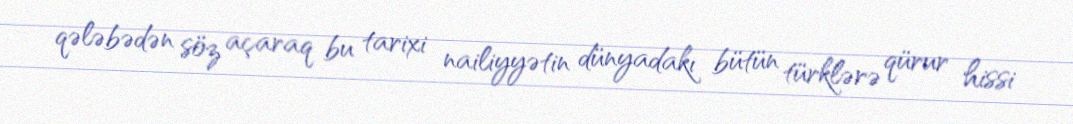
qələbədən söz açaraq bu tarixi nailiyyətin dünyadakı bütün türklərə qürur hissi